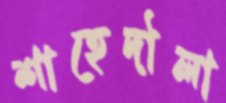
শাহেদৗলা